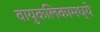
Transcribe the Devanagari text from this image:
वायुकलिकामध्ये